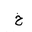
Letter: _kha